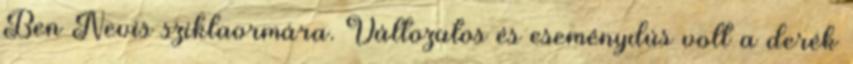
Ben Nevis sziklaormára. Változatos és eseménydús volt a derék